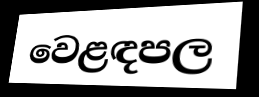
වෙළඳපල